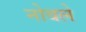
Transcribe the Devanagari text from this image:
नोबले